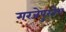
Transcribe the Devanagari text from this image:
गरजेपुरतेच